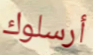
أرسلوك